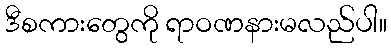
ဒီစကားတွေကို ရာဝဏနားမလည်ပါ။